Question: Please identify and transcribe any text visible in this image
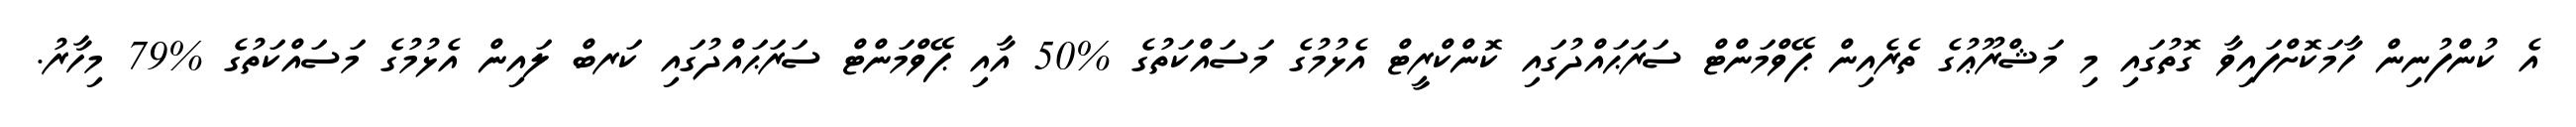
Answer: އެ ކުންފުނިން ހާމަކޮށްފައިވާ ގޮތުގައި މި މަޝްރޫޢުގެ ތެރެއިން ޕޭވްމަންޓް ސަރަޙައްދުގައި ކޮންކްރީޓް އެޅުމުގެ މަސައްކަތުގެ %50 އާއި ޕޭވްމަންޓް ސަރަޙައްދުގައި ކަރބް ލައިން އެޅުމުގެ މަސައްކަތުގެ %79 މިހާރު.